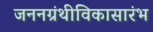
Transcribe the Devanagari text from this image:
जननग्रंथीविकासारंभ